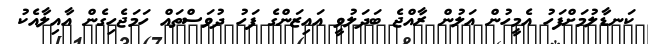
ކަނޑާލުމަށްފަހު އެމީހުން އަލުން ރާއްޖެ ބަދަލުވީ އައިޒަންގެ ފަހު ދުވަސްތައް ހަމަޖެހިގެން އާއިލާއެކު